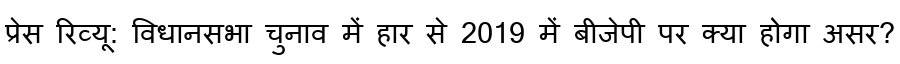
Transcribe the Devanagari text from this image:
प्रेस रिव्यू: विधानसभा चुनाव में हार से 2019 में बीजेपी पर क्या होगा असर?